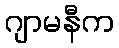
ဂျာမနီက